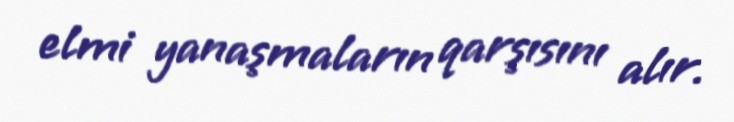
elmi yanaşmaların qarşısını alır.